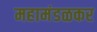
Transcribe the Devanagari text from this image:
महामंडळकर